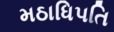
મઠાધિપતિ